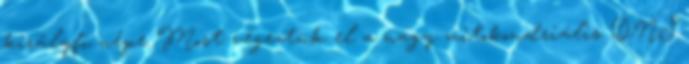
királyfi népe Most végeztük el a nagy mitokondriális DNS